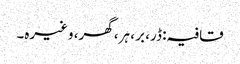
قافیہ: ڈر، بر ، ہر، گھر، وغیرہ۔